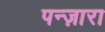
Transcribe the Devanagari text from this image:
पन्ज़ारा